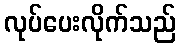
လုပ်ပေးလိုက်သည်